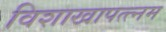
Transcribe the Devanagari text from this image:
विशाखापत्त्नम